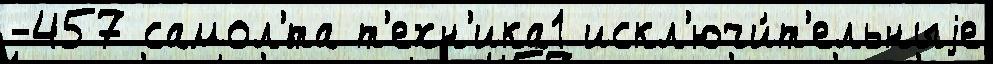
-457 самол'́та т'ехн'ика1 искл'ючи́т'ельныjе